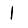
Digit: 1